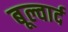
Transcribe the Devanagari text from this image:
बूल्वार्द